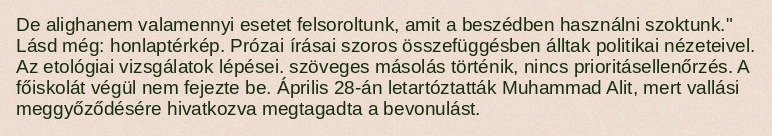
De alighanem valamennyi esetet felsoroltunk, amit a beszédben használni szoktunk." Lásd még: honlaptérkép. Prózai írásai szoros összefüggésben álltak politikai nézeteivel. Az etológiai vizsgálatok lépései. szöveges másolás történik, nincs prioritásellenőrzés. A főiskolát végül nem fejezte be. Április 28-án letartóztatták Muhammad Alit, mert vallási meggyőződésére hivatkozva megtagadta a bevonulást.